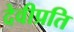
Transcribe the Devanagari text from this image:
देवीप्रति